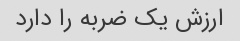
ارزش یک ضربه را دارد